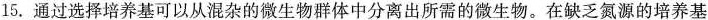
15. 通过选择培养基可以从混杂的微生物群体中分离出所需的微生物。在缺乏氮源的培养基